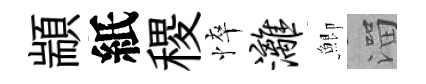
顓紙稷悴漓鯽溜